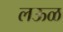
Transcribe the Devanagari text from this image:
लऊळ